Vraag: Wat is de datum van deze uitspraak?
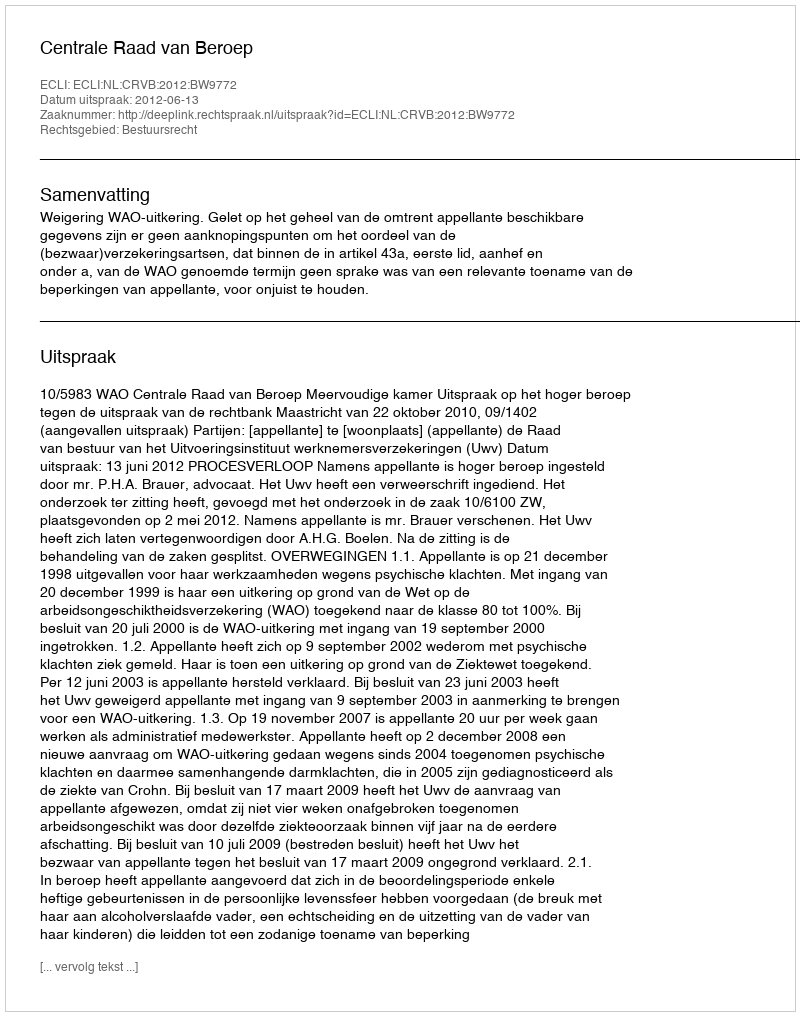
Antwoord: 2012-06-13